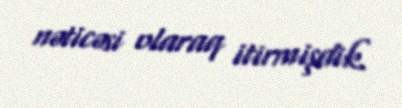
nəticəsi olaraq itirmişdik.